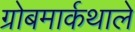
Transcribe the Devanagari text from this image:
ग्रोबमार्कथाले